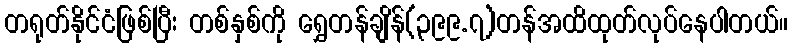
တရုတ်နိုင်ငံဖြစ်ပြီး တစ်နှစ်ကို ရွှေတန်ချိန်(၃၉၉.၇)တန်အထိထုတ်လုပ်နေပါတယ်။